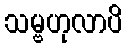
သမ္ဗဟုလာပိ